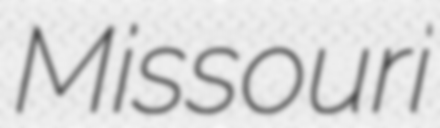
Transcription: Missouri